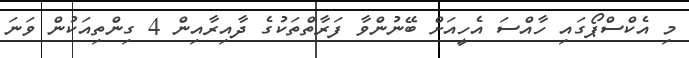
މި އެކްސްޕޯގައި ހާއްސަ އެހީއަށް ބޭނުންވާ ފަރާތްތަކުގެ ދާއިރާއިން 4 ގިންތިއަކުން ވަނަ